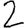
Digit: 2